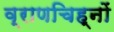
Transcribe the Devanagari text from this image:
व्राणचिह्नों